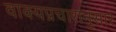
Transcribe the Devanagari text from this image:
वाक्यप्रचारानुसार